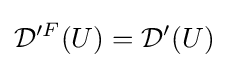
{\mathcal {D}}'^{F}(U)={\mathcal {D}}^{\prime }(U)